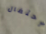
إحتفال